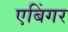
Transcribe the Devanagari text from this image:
एबिंगर